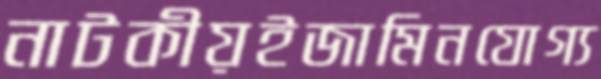
নাটকীয়ইজামিনযোগ্য